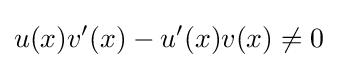
u(x)v'(x)-u'(x)v(x)\neq 0